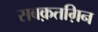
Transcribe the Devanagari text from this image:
सबक़तग़िन